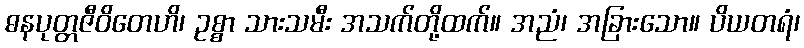
ဓနပုတ္တဇီဝိတေဟိ၊ ဥစ္စာ သားသမီး အသက်တို့ထက်။ အညံ၊ အခြားသော။ ပိယတရံ၊